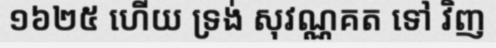
១៦២៥ ហើយ ទ្រង់ សុវណ្ណគត ទៅ វិញ